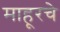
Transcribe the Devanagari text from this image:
माहूरचे